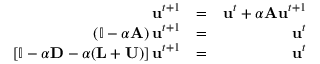
\begin{array} { r l r } { \mathbf { u } ^ { t + 1 } } & { = } & { \mathbf { u } ^ { t } + \alpha \mathbf { A } \mathbf { u } ^ { t + 1 } } \\ { \left( \mathbb { I } - \alpha \mathbf { A } \right) \mathbf { u } ^ { t + 1 } } & { = } & { \mathbf { u } ^ { t } } \\ { \left[ \mathbb { I } - \alpha \mathbf { D } - \alpha ( \mathbf { L } + \mathbf { U } ) \right] \mathbf { u } ^ { t + 1 } } & { = } & { \mathbf { u } ^ { t } } \end{array}